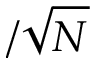
/ \sqrt { N }